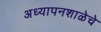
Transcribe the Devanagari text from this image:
अध्यापनशाळेचे